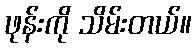
ဖုန်းကို သိမ်းတယ်။